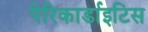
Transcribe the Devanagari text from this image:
पेरिकार्डाइटिस